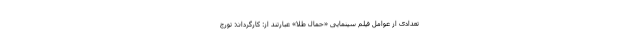
تعدادی از عوامل فيلم سينمايى «حمال طلا» عبارتند از: كارگردان: تورج